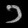
Digit: ၁